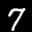
Label: 7